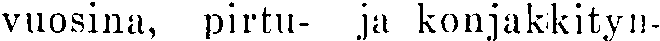
vuosina, pirtu- ja konjakkityn-